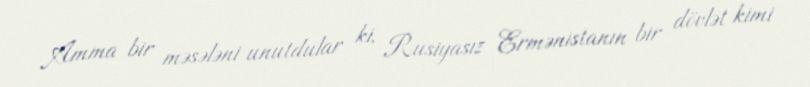
Amma bir məsələni unutdular ki, Rusiyasız Ermənistanın bir dövlət kimi